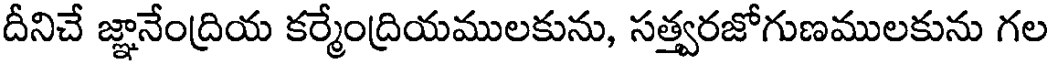
దీనిచే జ్ఞానేంద్రియ కర్మేంద్రియములకును, సత్త్వరజోగుణములకును గల